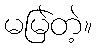
မမြဲတဲ့။